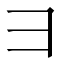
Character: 𫜹